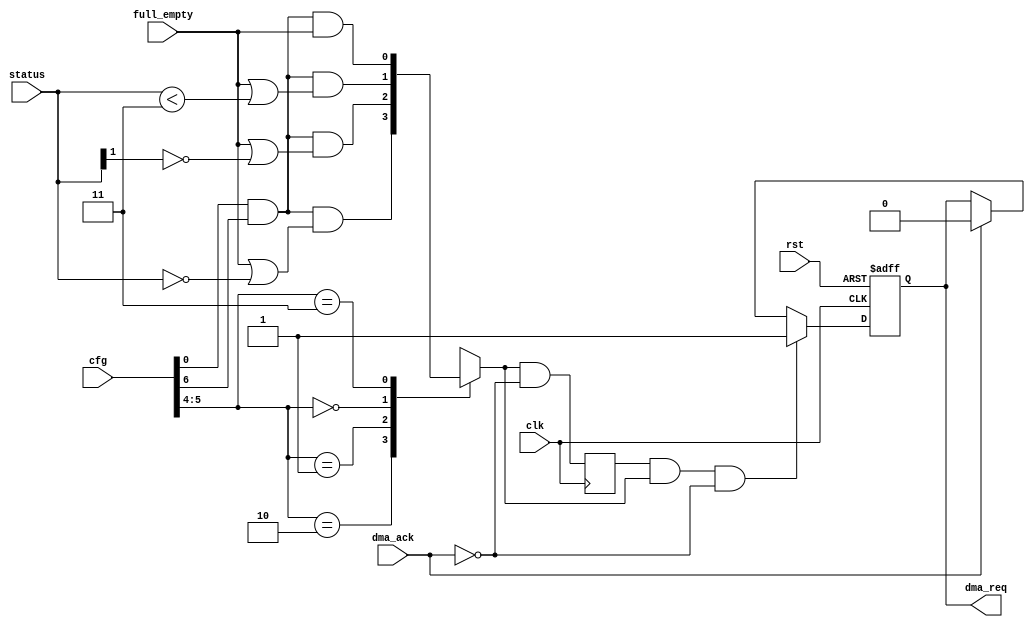
module ac97_dma_req(clk, rst, cfg, status, full_empty, dma_req, dma_ack);
input		clk, rst;
input	[7:0]	cfg;
input	[1:0]	status;
input		full_empty;
output		dma_req;
input		dma_ack;
reg	dma_req_d;
reg	dma_req_r1;
reg	dma_req;
always @(cfg or status or full_empty)
	case(cfg[5:4])	
	   2'h2: dma_req_d = cfg[0] & cfg[6] & (full_empty | (status == 2'h0));
	   2'h1: dma_req_d = cfg[0] & cfg[6] & (full_empty | (status[1] == 1'h0));
	   2'h0: dma_req_d = cfg[0] & cfg[6] & (full_empty | (status < 2'h3));
	   2'h3: dma_req_d = cfg[0] & cfg[6] & full_empty;
	endcase
always @(posedge clk)
	dma_req_r1 <= #1 dma_req_d & !dma_ack;
always @(posedge clk or negedge rst)
	if(!rst)				dma_req <= #1 1'b0;
	else
	if(dma_req_r1 & dma_req_d & !dma_ack) 	dma_req <= #1 1'b1;
	else
	if(dma_ack) 				dma_req <= #1 1'b0;
endmodule